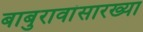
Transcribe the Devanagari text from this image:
बाबुरावांसारख्या